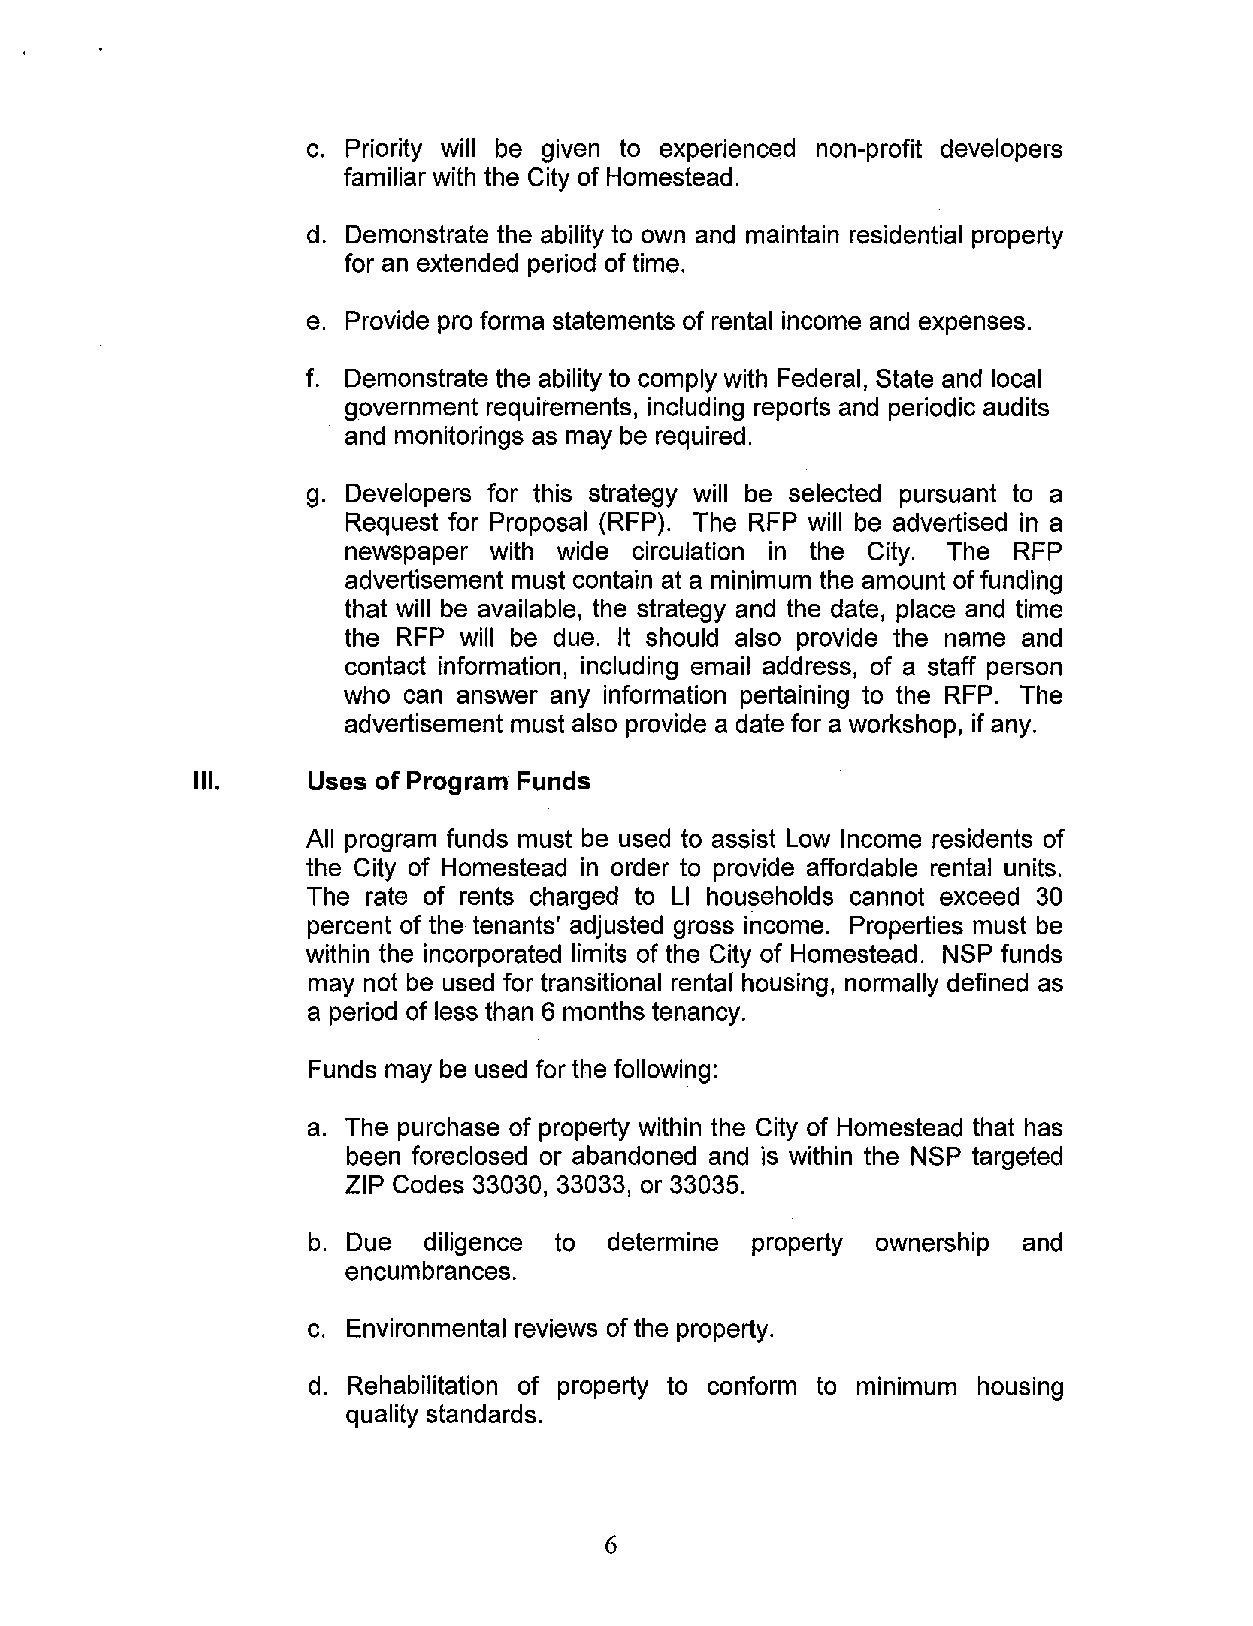
c. Priority will be given to experienced non-profit developers
 familiar with the City of Homestead.
 d. Demonstrate the ability to own and maintain residential property
 for an extended period of time.
 e. Provide proforma statements of rental income and expenses.
 f. Demonstrate the ability to comply with Federal, State and local
 government requirements, including reports and periodic audits
 and monitorings as may be required.
 g. Developers for this strategy will be selected pursuant to a
 Request for Proposal (RFP). The RFP will be advertised in a
 newspaper with wide circulation in the City. The RFP
 advertisement must contain at a minimum the amount of funding
 that will be available, the strategy and the date, place and time
 the RFP will be due. It should also provide the name and
 contact information, including email address, of a staff person
 who can answer any information pertaining to the RFP. The
 advertisement must also provide a date for a workshop, if any.
 Ill.    Uses of Program Funds
 All program funds must be used to assist Low Income residents of
 the City of Homestead in order to provide affordable rental units.
 The rate of rents charged to LI households cannot exceed 30
 percent of the tenants' adjusted gross income. Properties must be
 within the incorporated limits of the City of Homestead. NSP funds
 may not be used for transitional rental housing, normally defined as
 a period of less than 6 months tenancy.
 Funds may be used for the following:
 a. The purchase of property within the City of Homestead that has
 been foreclosed or abandoned and is within the NSP targeted
 ZIP Codes 33030, 33033, or 33035.
 b. Due diligence to determine property ownership and
 encumbrances.
 c. Environmental reviews of the property.
 d. Rehabilitation of property to conform to minimum housing
 quality standards.
 6